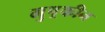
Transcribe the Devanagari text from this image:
मुष्रकीन